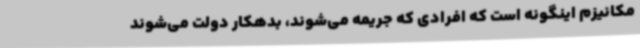
مکانیزم اینگونه است که افرادی که جریمه می‌شوند، بدهکار دولت می‌شوند